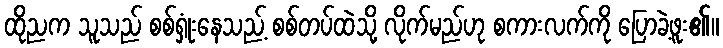
ထိုညက သူသည် စစ်ရှုံးနေသည့် စစ်တပ်ထဲသို့ လိုက်မည်ဟု စကားလက်ကို ပြောခဲ့ဖူး၏။